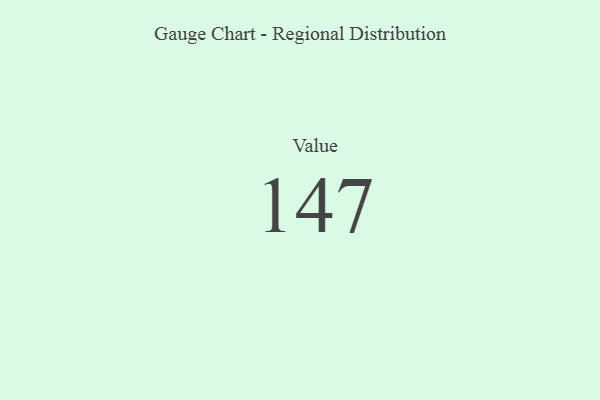
{"axis": {"x": "Metric", "y": "Value"}, "legend": [""], "data": [{"x": "Value", "y": 147, "type": ""}]}